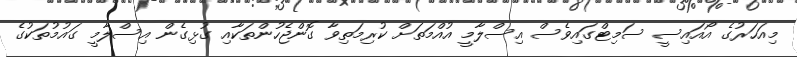
މިއަހަރުގެ އޯއައިސީ ސަމިޓްގައިވެސް އިސްލާމީ އުއްމަތަށް ކުރިމަތިވާ ގޮންޖެހުންތަކާއި ގުޅިގެން އިސްލާމީ ގައުމުތަކުގެ